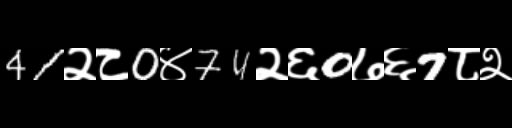
Text: 41२८0४74२६0७६7८२